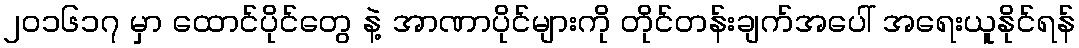
၂၀၁၆၁၇ မှာ ထောင်ပိုင်တွေ နဲ့ အာဏာပိုင်များကို တိုင်တန်းချက်အပေါ် အရေးယူနိုင်ရန်